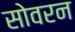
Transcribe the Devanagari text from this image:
सोवरन